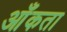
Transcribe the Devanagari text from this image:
आँकता